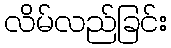
လိမ်လည်ခြင်း